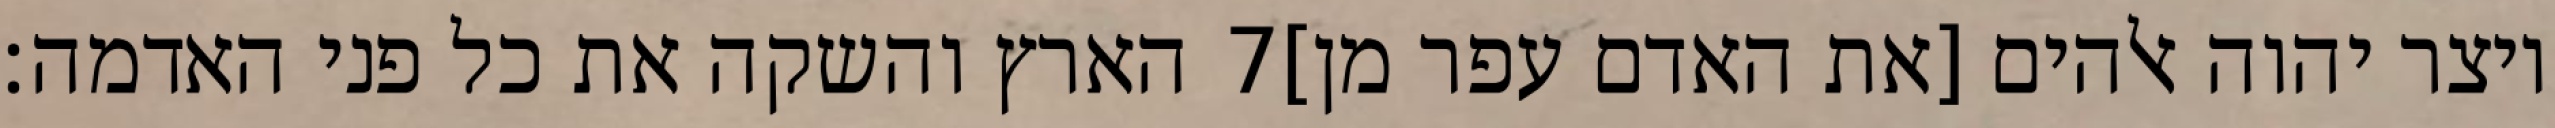
הארץ והשקה את כל פני האדמה׃ ‎7‏ ויצר יהוה אלהים [את האדם עפר מן]